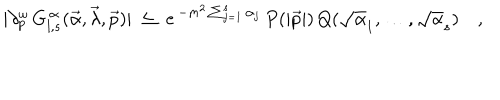
LaTeX: \vert \partial _ { p } ^ { \omega } \, G _ { l , s } ^ { \, \alpha } ( \vec { \alpha } , \vec { \lambda } , \vec { p } ) \vert \ \leq \ e ^ { \, - m ^ { 2 } \sum _ { j = 1 } ^ { s } \alpha _ { j } } \, P ( \vert \vec { p } \vert ) \, Q ( \sqrt \alpha _ { 1 } , \ldots , \sqrt \alpha _ { s } ) \quad ,